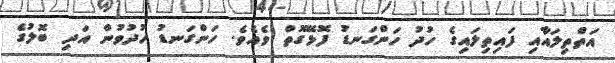
އަތްތިލައާއި ފައިތިލައިގެ ހުދު ހަންގަނޑު ފޮޅޭގޮތް ވެއެވެ. ހަންގަނޑު ހުދުވުން އަދި ބޮލުގެ